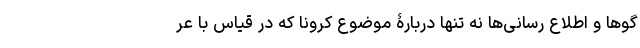
گوها و اطلاع رسانی‌ها نه تنها دربارۀ موضوع کرونا که در قیاس با عر